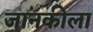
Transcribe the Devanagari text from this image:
जानकीला